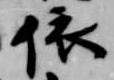
依